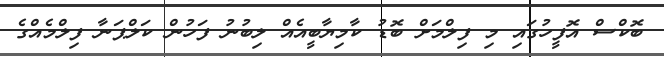
ބޮކްސް އޮފީހުގައި މި ފިލްމަށް ބޮޑު ކާމިޔާބީއެއް ލިބުނު ފަހުން ކަލްޕަނާ ފިލްމެއްގެ